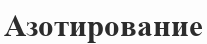
Азотирование